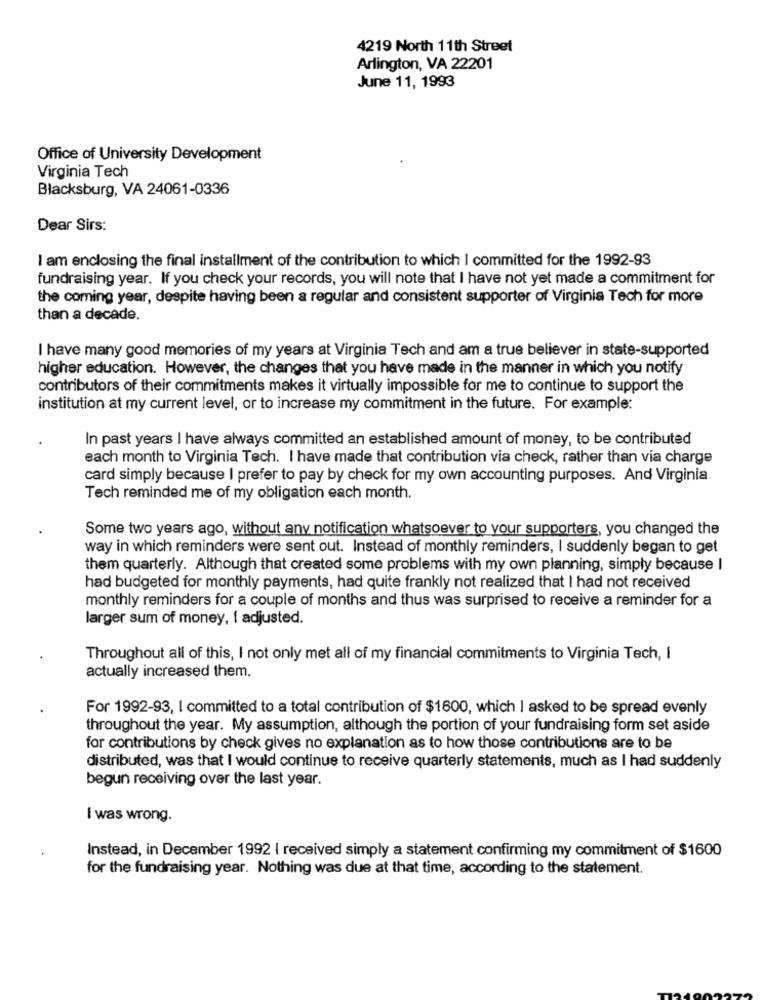
4219 North 11th Street
Arlington, VA 22201
June 11, 1993
Office of University Development
Virginia Tech
Blacksburg, VA 24061-0336
Dear Sirs:
I am enclosing the final installment of the contribution to which I committed for the 1992-93
fundraising year. If you check your records, you will note that I have not yet made a commitment for
the coming year, despite having been a regular and consistent supporter of Virginia Tech for more
than a decade.
I have many good memories of my years at Virginia Tech and am a true believer in state-supported
higher education. However, the changes that you have made in the manner in which you notify
contributors of their commitments makes it virtually impossible for me to continue to support the
institution at my current level, or to increase my commitment in the future. For example:
In past years I have always committed an established amount of money, to be contributed
each month to Virginia Tech. I have made that contribution via check, rather than via charge
card simply because I prefer to pay by check for my own accounting purposes. And Virginia
Tech reminded me of my obligation each month.
Some two years ago, without any notification whatsoever to your supporters, you changed the
way in which reminders were sent out. Instead of monthly reminders, I suddenly began to get
them quarterly. Although that created some problems with my own planning, simply because I
had budgeted for monthly payments, had quite frankly not realized that I had not received
monthly reminders for a couple of months and thus was surprised to receive a reminder for a
larger sum of money, I adjusted.
Throughout all of this, I not only met all of my financial commitments to Virginia Tech, I
actually increased them.
For 1992-93, I committed to a total contribution of $1600, which I asked to be spread evenly
throughout the year. My assumption, although the portion of your fundraising form set aside
for contributions by check gives no explanation as to how those contributions are to be
distributed, was that I would continue to receive quarterly statements, much as I had suddenly
begun receiving over the last year.
I was wrong.
Instead, in December 1992 | received simply a statement confirming my commitment of $1600
for the fundraising year. Nothing was due at that time, according to the statement.